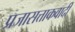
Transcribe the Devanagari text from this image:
प्रजासत्ताकवादी